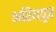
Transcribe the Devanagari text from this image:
अरियपुत्र